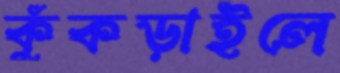
কুঁকড়াইলে